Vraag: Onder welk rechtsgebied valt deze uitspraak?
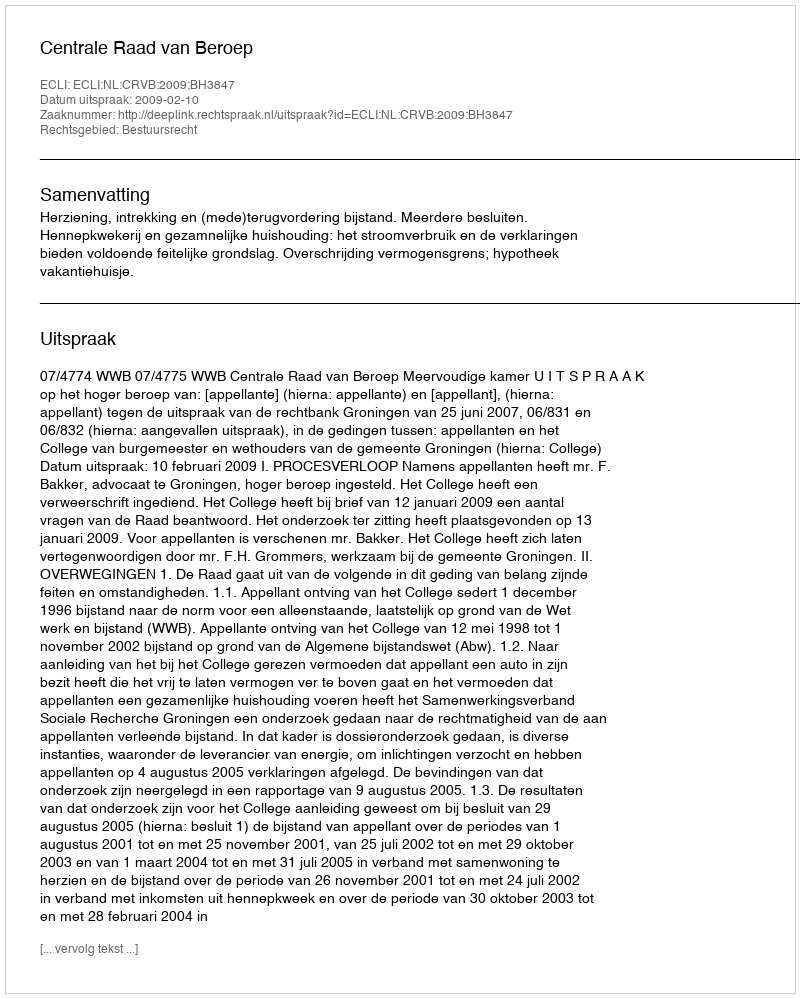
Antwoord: Bestuursrecht